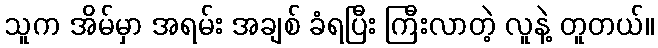
သူက အိမ်မှာ အရမ်း အချစ် ခံရပြီး ကြီးလာတဲ့ လူနဲ့ တူတယ်။